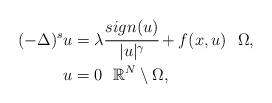
LaTeX: \begin{align*}(-\Delta)^s u&= \lambda\cfrac{sign(u)}{|u|^{\gamma}}+ f(x,u)~~\Omega,\\u&=0~~\mathbb{R}^N\setminus\Omega,\end{align*}